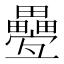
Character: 疉